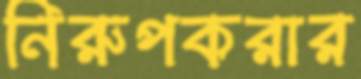
নিরুপকরার